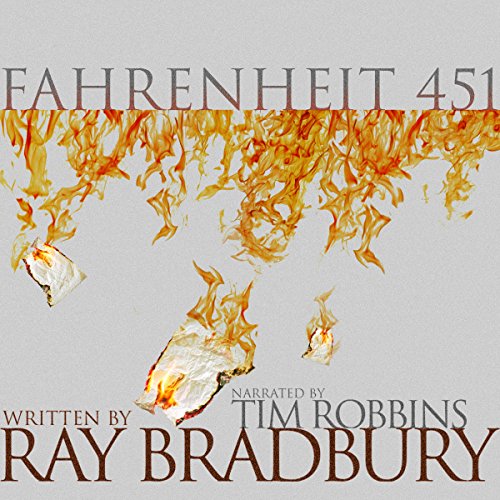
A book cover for Fahrenheit 451; Ray Bradbury; Reference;